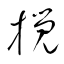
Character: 攪